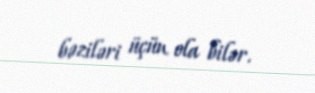
bəziləri üçün ola bilər.